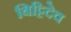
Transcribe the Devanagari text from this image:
बिट्टिदेव